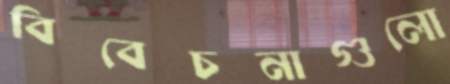
বিবেচনাগুলো